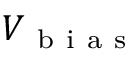
V _ { \mathrm { ~ b ~ i ~ a ~ s ~ } }